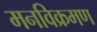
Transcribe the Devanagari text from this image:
मनविक्रमण